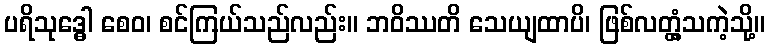
ပရိသုဒ္ဓေါ စေဝ၊ စင်ကြယ်သည်လည်း။ ဘဝိဿတိ သေယျထာပိ၊ ဖြစ်လတ္တံ့သကဲ့သို့။